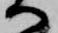
へ